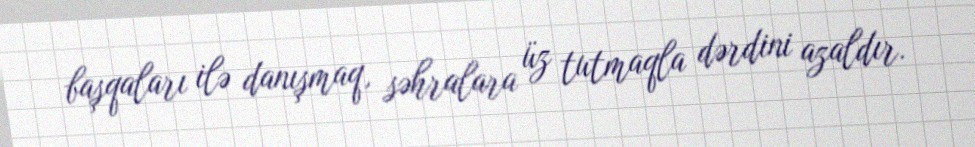
başqaları ilə danışmaq, səhralara üz tutmaqla dərdini azaldır.